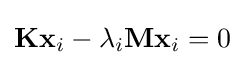
\mathbf {K} \mathbf {x} _{i}-\lambda _{i}\mathbf {M} \mathbf {x} _{i}=0